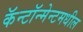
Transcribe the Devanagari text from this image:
कॅन्टॉन्मेन्टमधील